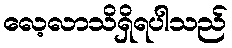
လေ့လာသိရှိရပါသည်